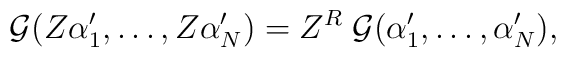
{\cal{G}}(Z\alpha'_1, \ldots, Z\alpha'_N)= Z^R \; {\cal{G}}(\alpha'_1, \ldots, \alpha'_N) ,